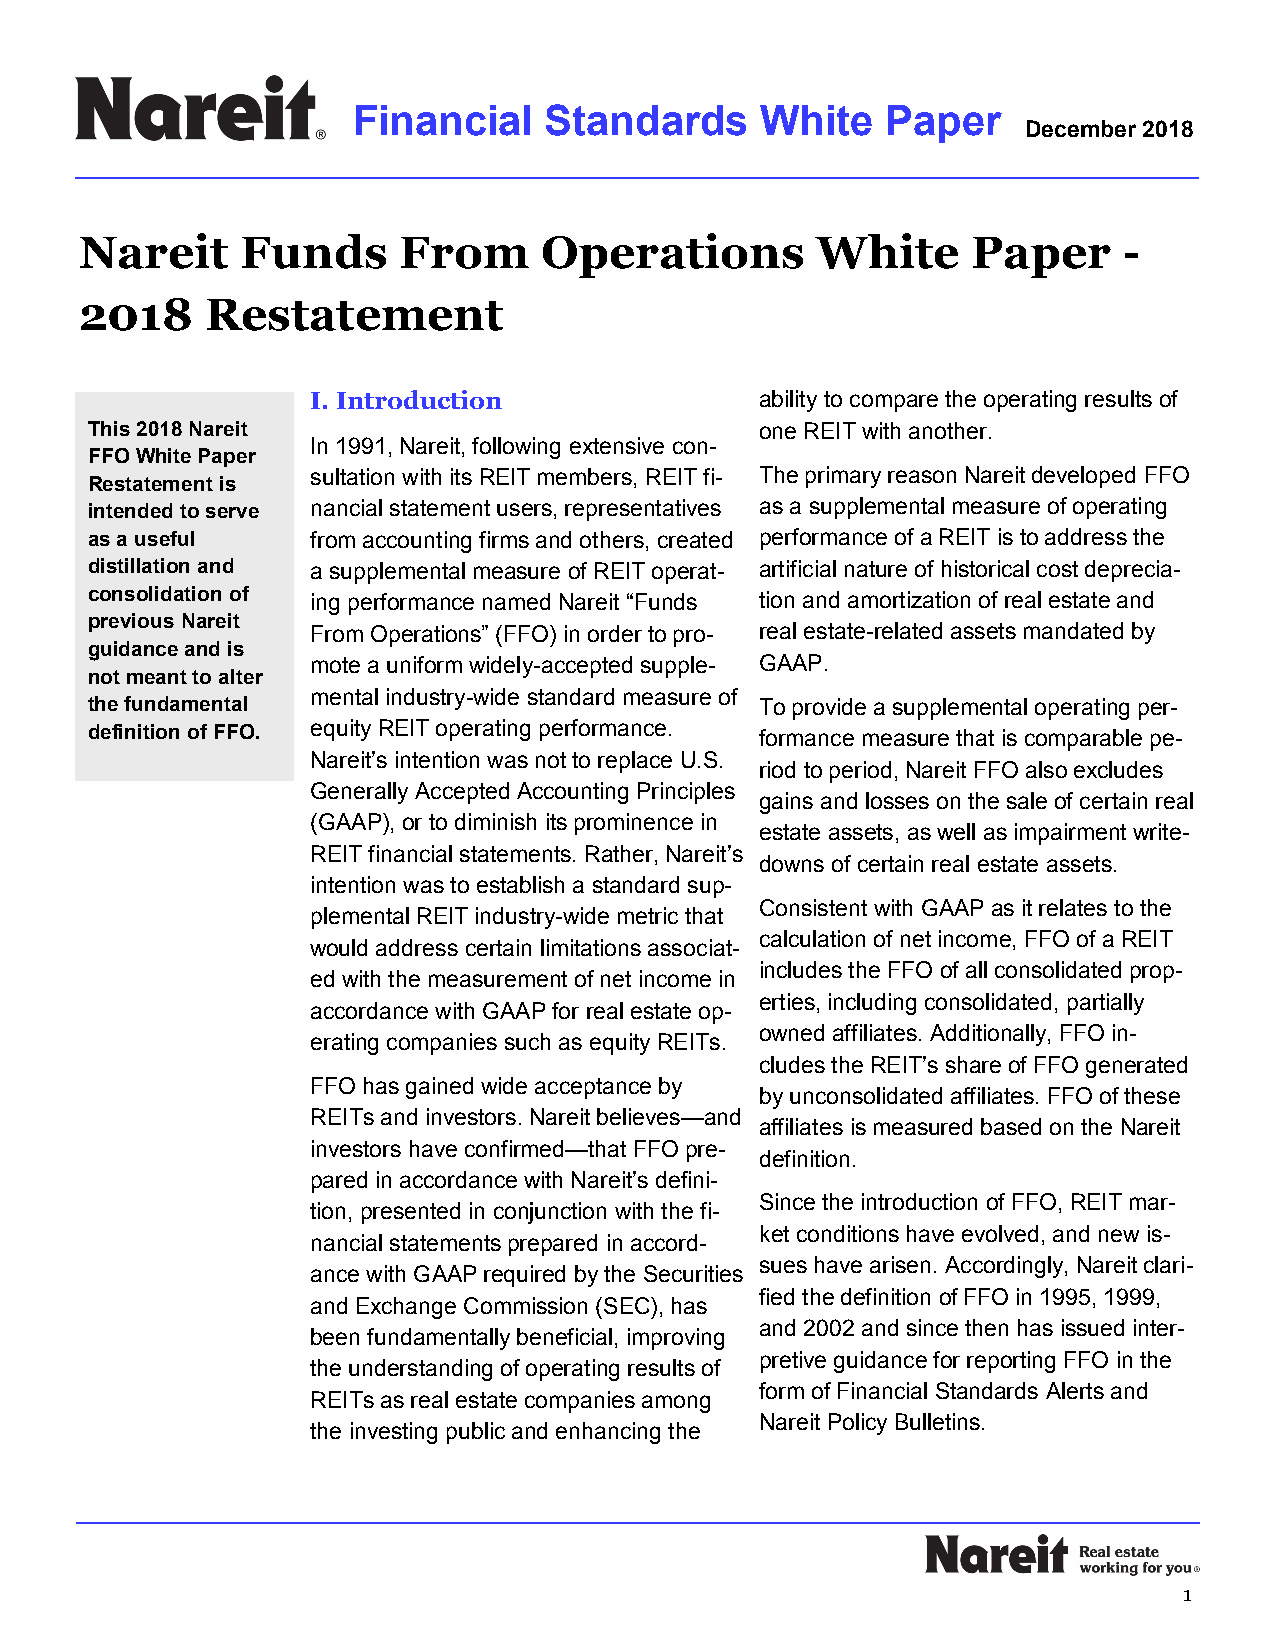
Financial    Standards     White    Paper
 December 2018
 Nareit     Funds     From      Operations        White     Paper     -
 2018     Restatement
 I. Introduction              ability to compare the operating results of
 This 2018 Nareit                            one REIT with another.
 In 1991, Nareit, following extensive con-
 FFO White Paper
 sultation with its REIT members, REIT fi- The primary reason Nareit developed FFO
 Restatement is
 intended to serve nancial statement users, representatives as a supplemental measure of operating
 as a useful    from accounting firms and others, created performance of a REIT is to address the
 distillation and a supplemental measure of REIT operat- artificial nature of historical cost deprecia-
 consolidation of ing performance named Nareit “Funds tion and amortization of real estate and
 previous Nareit
 From Operations” (FFO) in order to pro- real estate-related assets mandated by
 guidance and is
 mote a uniform widely-accepted supple- GAAP.
 not meant to alter
 mental industry-wide standard measure of
 the fundamental                             To provide a supplemental operating per-
 definition of FFO. equity REIT operating performance. formance measure that is comparable pe-
 Nareit’s intention was not to replace U.S.
 riod to period, Nareit FFO also excludes
 Generally Accepted Accounting Principles
 gains and losses on the sale of certain real
 (GAAP), or to diminish its prominence in
 estate assets, as well as impairment write-
 REIT financial statements. Rather, Nareit’s
 downs of certain real estate assets.
 intention was to establish a standard sup-
 Consistent with GAAP as it relates to the
 plemental REIT industry-wide metric that
 calculation of net income, FFO of a REIT
 would address certain limitations associat-
 includes the FFO of all consolidated prop-
 ed with the measurement of net income in
 erties, including consolidated, partially
 accordance with GAAP for real estate op-
 owned affiliates. Additionally, FFO in-
 erating companies such as equity REITs.
 cludes the REIT’s share of FFO generated
 FFO has gained wide acceptance by
 by unconsolidated affiliates. FFO of these
 REITs and investors. Nareit believes—and
 affiliates is measured based on the Nareit
 investors have confirmed—that FFO pre-
 definition.
 pared in accordance with Nareit’s defini-
 Since the introduction of FFO, REIT mar-
 tion, presented in conjunction with the fi-
 ket conditions have evolved, and new is-
 nancial statements prepared in accord-
 sues have arisen. Accordingly, Nareit clari-
 ance with GAAP required by the Securities
 fied the definition of FFO in 1995, 1999,
 and Exchange Commission (SEC), has
 and 2002 and since then has issued inter-
 been fundamentally beneficial, improving
 pretive guidance for reporting FFO in the
 the understanding of operating results of
 form of Financial Standards Alerts and
 REITs as real estate companies among
 Nareit Policy Bulletins.
 the investing public and enhancing the
 1